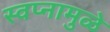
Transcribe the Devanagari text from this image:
स्वप्नामुळे